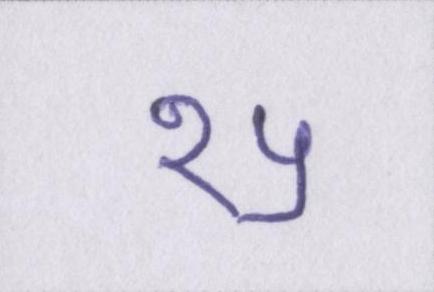
१५